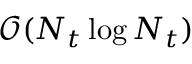
\mathcal { O } ( N _ { t } \log { } N _ { t } )